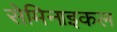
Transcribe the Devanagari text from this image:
सेमिनाइकल